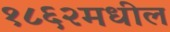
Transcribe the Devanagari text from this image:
१८६२मधील